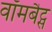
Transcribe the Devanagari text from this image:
वॉमबैट्स